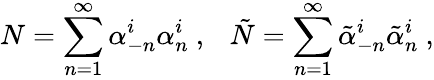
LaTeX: N=\sum_{n=1}^{\infty}\alpha_{-n}^{i}\alpha_{n}^{i}~,~~~\tilde{N}=\sum_{n=1}^{\infty}\tilde{\alpha}_{-n}^{i}\tilde{\alpha}_{n}^{i}\ ,